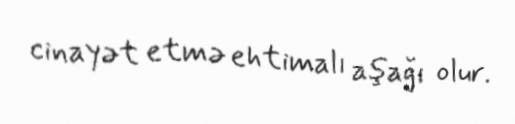
cinayət etmə ehtimalı aşağı olur.